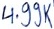
Text: 4.99K